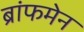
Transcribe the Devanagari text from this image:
ब्रांफमेन